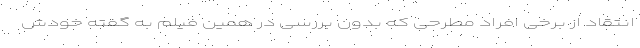
انتقاد از برخی افراد مطرحی که بدون بررسی در همین فیلمِ به گفته خودش